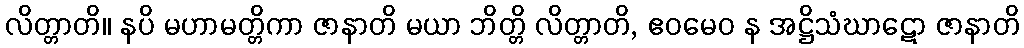
လိတ္တာတိ။ နပိ မဟာမတ္တိကာ ဇာနာတိ မယာ ဘိတ္တိ လိတ္တာတိ, ဧဝမေဝ န အဋ္ဌိသံဃာဋော ဇာနာတိ